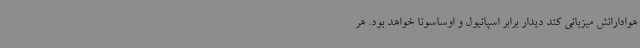
هوادارانش میزبانی کند دیدار برابر اسپانیول و اوساسونا خواهد بود. هر